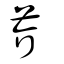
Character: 芥